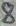
Text: 8